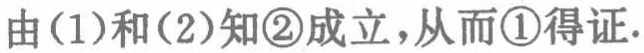
由(1)和(2)知\textcircled{2}成立，从而\textcircled{1}得证.